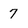
Character: 7